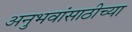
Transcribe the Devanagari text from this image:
अनुभवांसाठीच्या